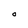
Character: O